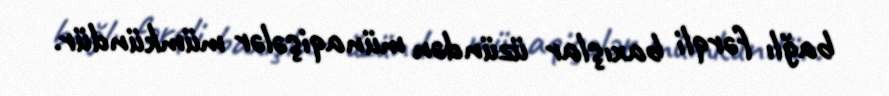
bağlı fərqli baxışlar üzündən münaqişələr mümkündür.